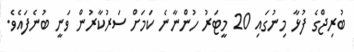
ބުރިޖްގެ ފުޅާ މިނުގައި 20 މީޓަރު ހުންނާނެ ކަަމަށް ސަރުކާރުން ވަނީ ބުނެފައެވެ.